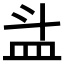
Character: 𥁇